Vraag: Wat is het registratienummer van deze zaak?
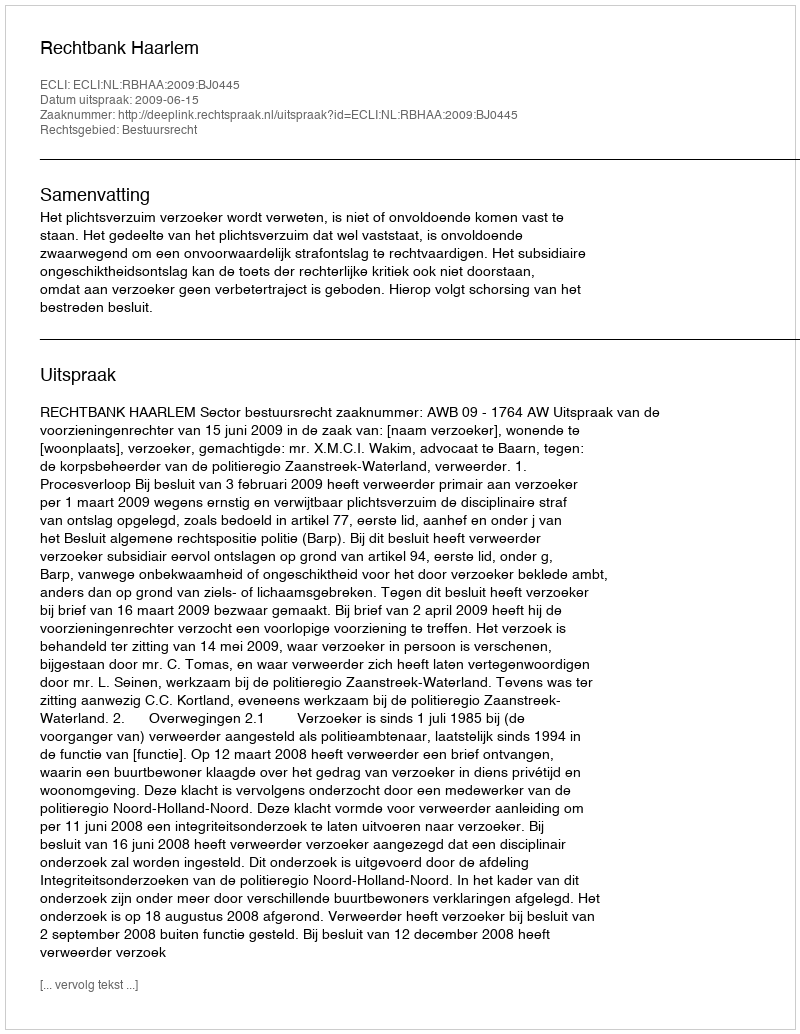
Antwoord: http://deeplink.rechtspraak.nl/uitspraak?id=ECLI:NL:RBHAA:2009:BJ0445